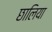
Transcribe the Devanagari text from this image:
छालिया